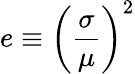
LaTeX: e\equiv\left({\frac{\sigma}{\mu}}\right)^{2}